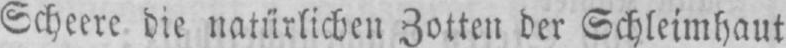
Scheere die natürlichen Zotten der Schleimhaut